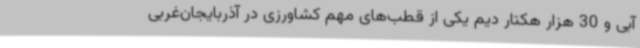
آبی و 30 هزار هکتار دیم یکی از قطب‌های مهم کشاورزی در آذربایجان‌غربی